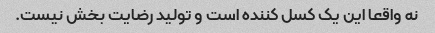
نه واقعا این یک کسل کننده است و تولید رضایت بخش نیست.